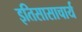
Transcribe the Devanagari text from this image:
इतिसासाचार्य